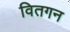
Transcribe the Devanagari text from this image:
वितगन